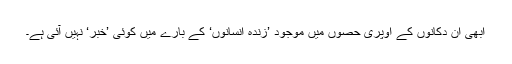
ابھی ان دکانوں کے اوپری حصوں میں موجود ’زندہ انسانوں‘ کے بارے میں کوئی ’خبر‘ نہیں آئی ہے۔